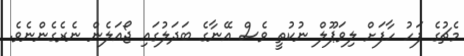
މެޗުގެ ފަހު ހާފަށް ލިވަޕޫލް ނުކުތީ ވެސް އޭނާގެ ބަދަލުގައި ޖޯއަލެން ނެރެގެންނެވެ.